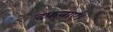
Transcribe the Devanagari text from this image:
दफनाएं।